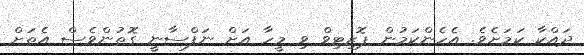
ދައްކާ ކަމަށެވެ. އެހެންކަމުން ޕޮޒިޓިވް ވި މީހާ އަށް ނަފްސާނީ ގޮތުންވެސް އެތަށް